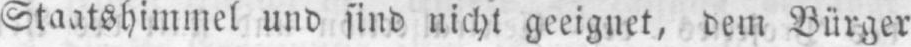
Staatshimmel und sind nicht geeignet, dem Bürger